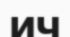
ИЧ